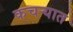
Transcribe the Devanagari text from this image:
कचर्‍यात